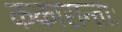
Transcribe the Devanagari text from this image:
ककारान्ताः